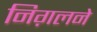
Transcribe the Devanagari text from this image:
निग़लने